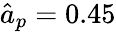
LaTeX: \hat{a}_{p}=0.45